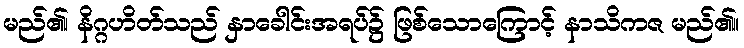
မည်၏၊ နိဂ္ဂဟိတ်သည် နှာခေါင်းအရပ်၌ ဖြစ်သောကြောင့် နာသိကဇ မည်၏။